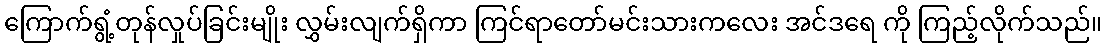
ကြောက်ရွံ့တုန်လှုပ်ခြင်းမျိုး လွှမ်းလျက်ရှိကာ ကြင်ရာတော်မင်းသားကလေး အင်ဒရေ ကို ကြည့်လိုက်သည်။